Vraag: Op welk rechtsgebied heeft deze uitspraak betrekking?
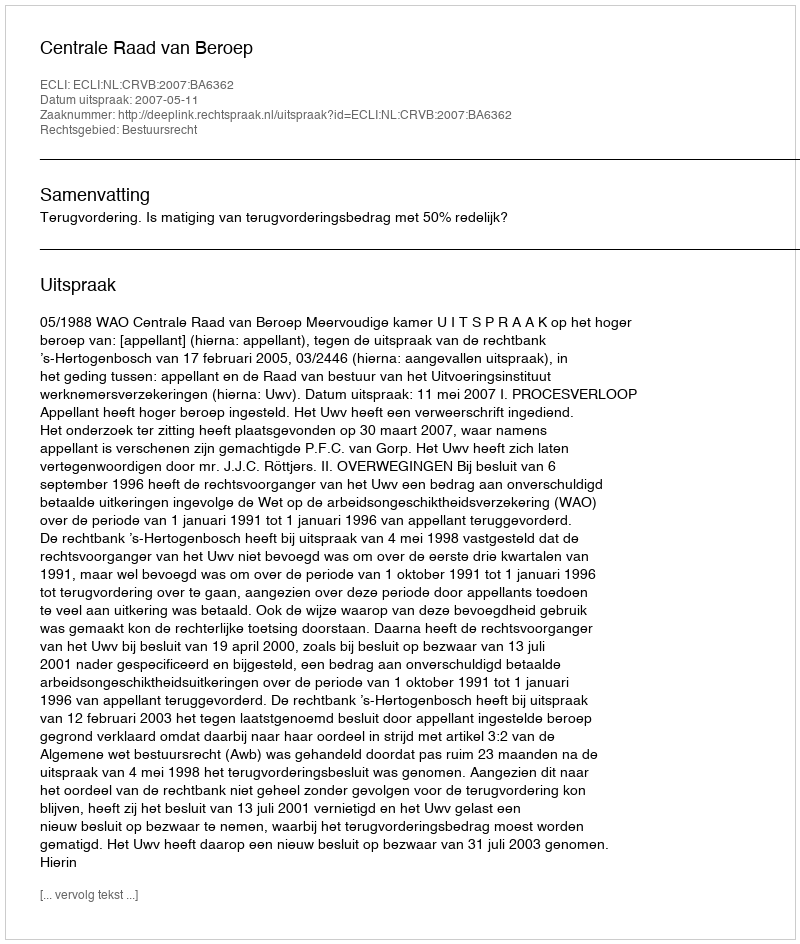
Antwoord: Bestuursrecht